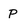
Character: P